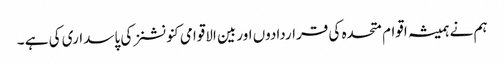
ہم نے ہمیشہ اقوام متحدہ کی قراردادوں اوربین الاقوامی کنونشنز کی پاسداری کی ہے ۔